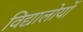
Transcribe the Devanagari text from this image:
विद्यालोयों